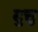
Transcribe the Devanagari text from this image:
दुत्तु